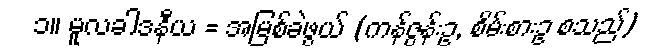
၁။ မူလခါဒနီယ = အမြစ်ခဲဖွယ် (ကန်ဇွန်းဥ, စိမ်းစားဥ စသည်)